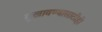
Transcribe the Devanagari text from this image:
दुखावण्यासाठीही